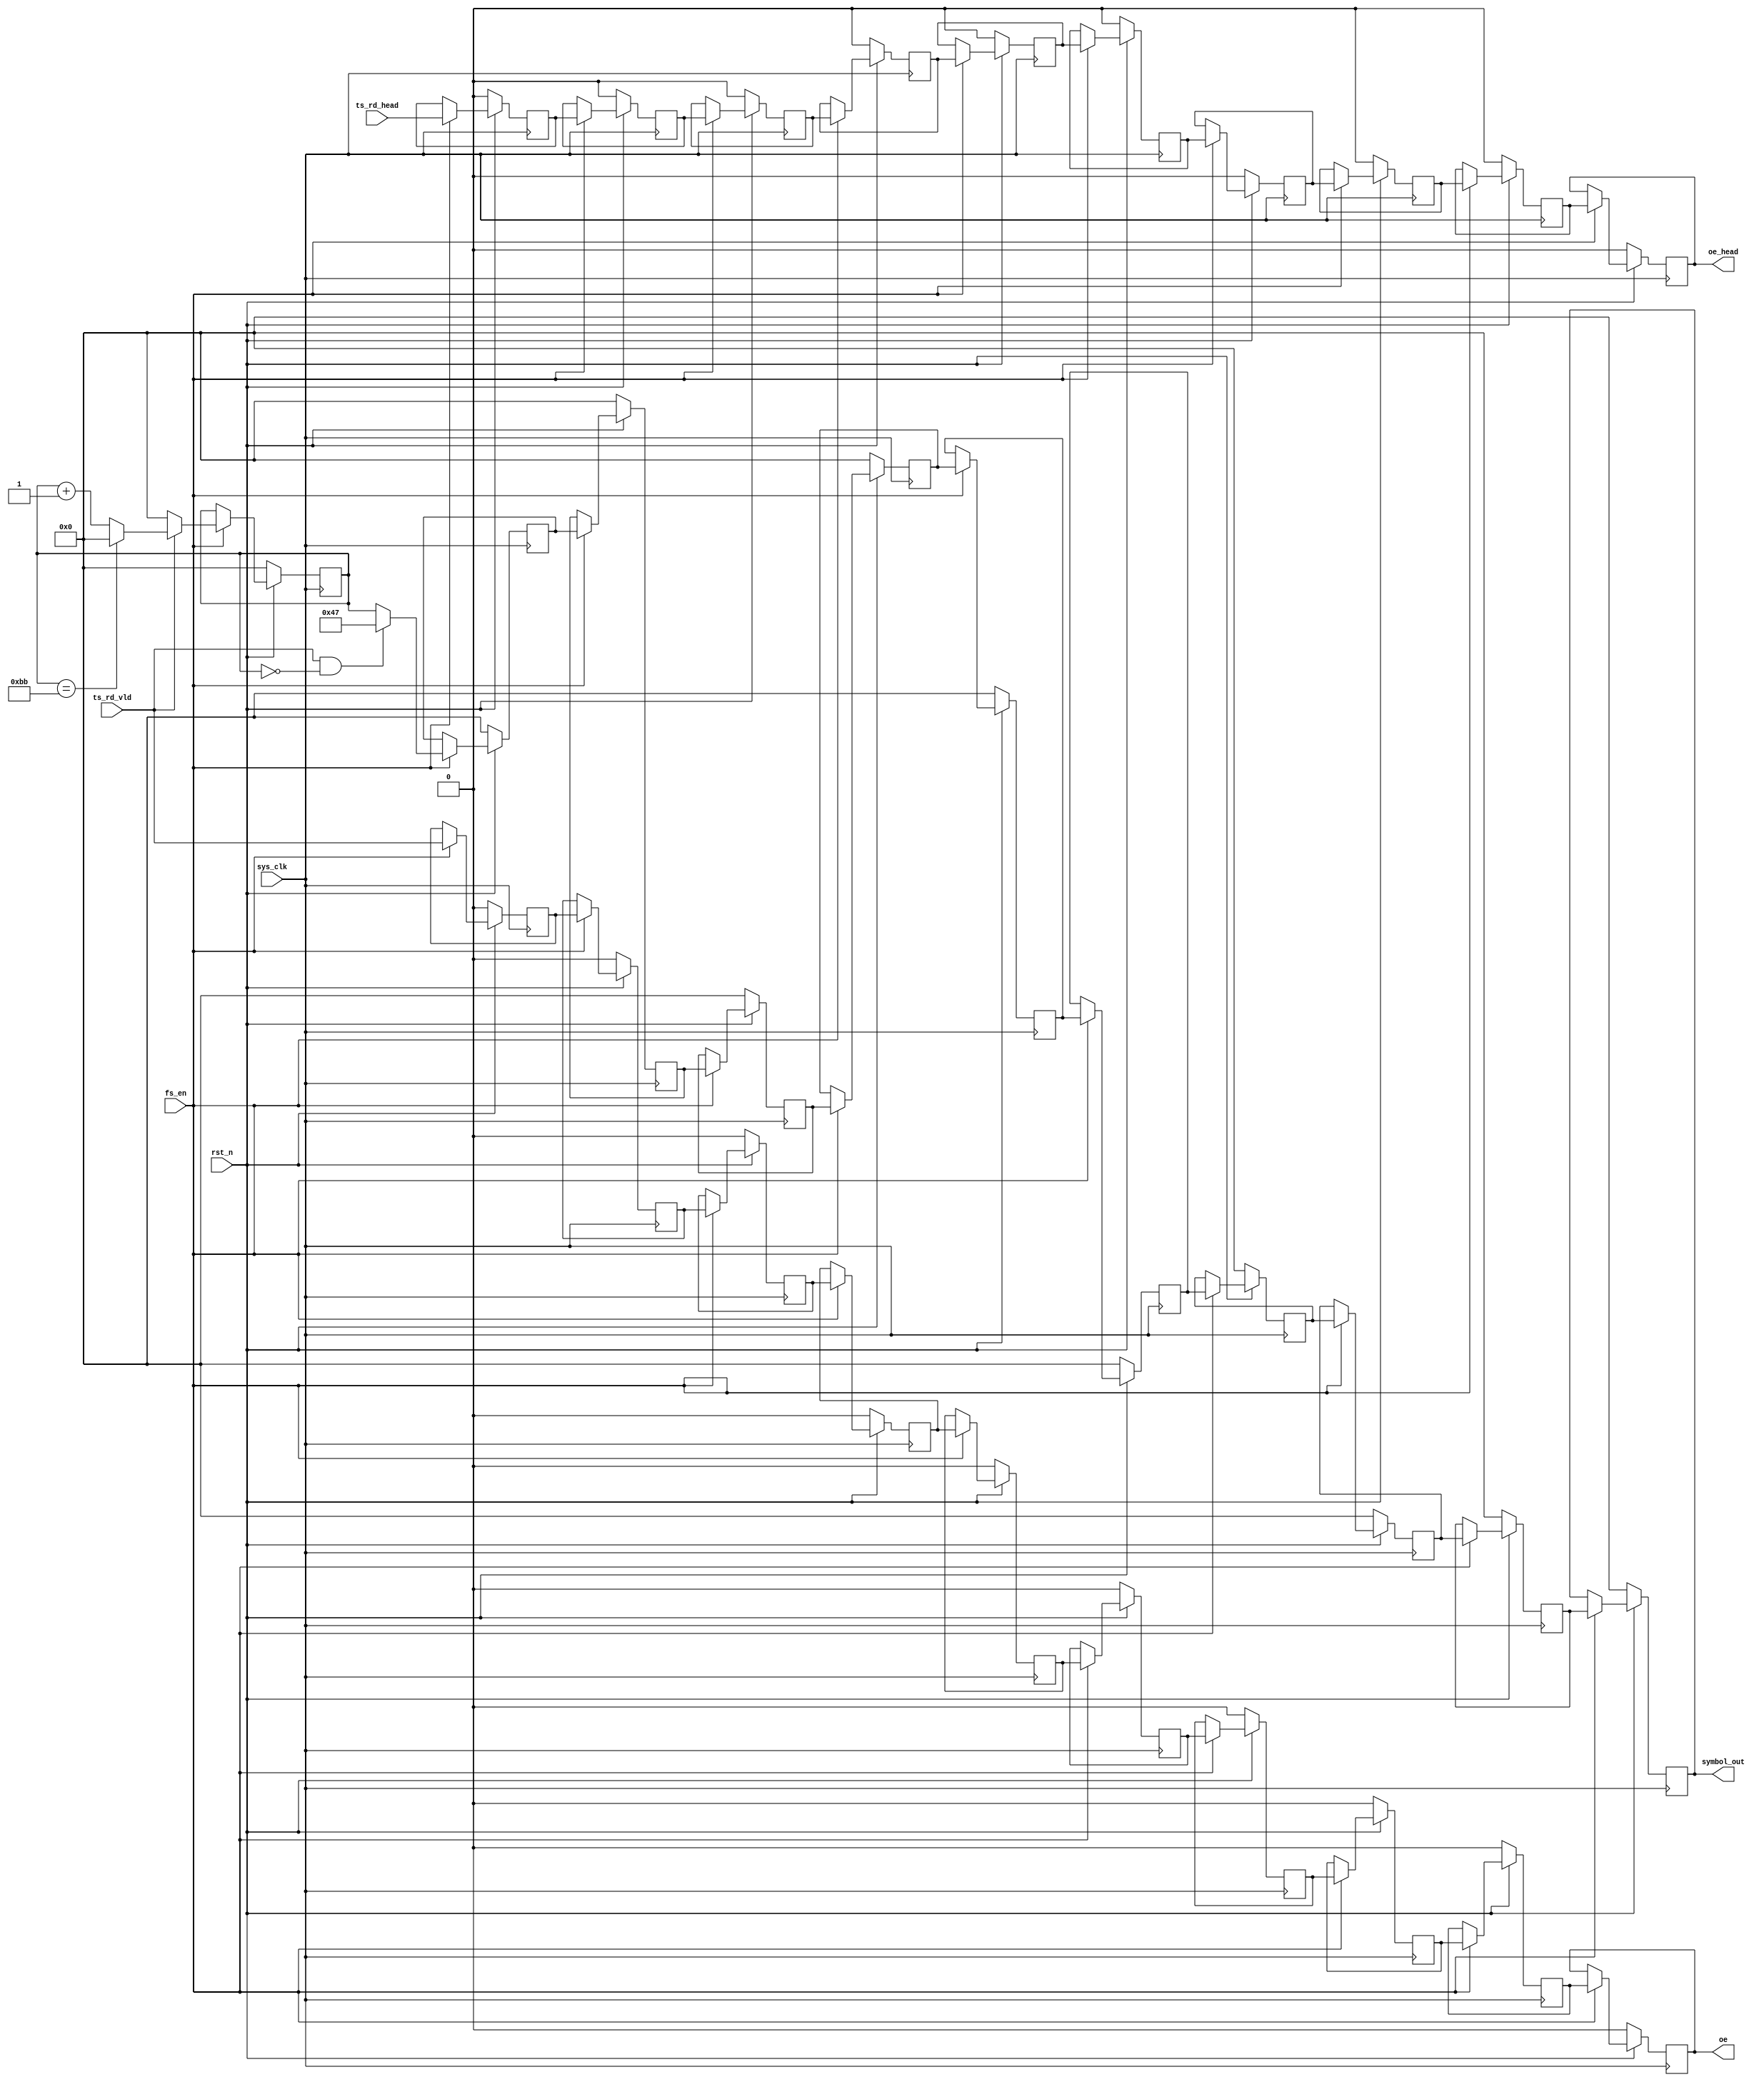
`timescale 1ns / 1ps
module randn_input(
input	          							sys_clk,
input											fs_en,
input	          							rst_n,
//////////////////////////////////////////////////////////////
input	       								ts_rd_head,            // align with start_en_4dly  
input	       								ts_rd_vld,             // align with start_en_4dly
output 				reg					oe_head,
output 				reg					oe,
output 				reg		[7:0]		symbol_out
);

reg								[7:0]		ts_cnt;

always @(posedge sys_clk)begin
	if(~rst_n)begin
		ts_cnt <= 8'h00;
	end
	else if(fs_en == 1'b1)begin
		if(ts_rd_vld == 1'b1) begin
			if(ts_cnt == 8'd187)begin
				ts_cnt <= 8'h00;
			end
			else begin
				ts_cnt <= ts_cnt + 8'h01;
			end
		end
		else begin
			ts_cnt <= 8'h00;
		end
	end
	else begin
	end
end

reg								[7:0]		symbol_out_tmp;//1dly

always @(posedge sys_clk)begin
	if(~rst_n)begin
		symbol_out_tmp <= 8'h00;
	end
	else if(fs_en == 1'b1)begin
		if((ts_rd_vld == 1'b1)&&(ts_cnt == 8'd0)) begin
			symbol_out_tmp <= 8'h47;
		end
		else begin
			symbol_out_tmp <= ts_cnt;
		end
	end
	else begin
	end
end

reg								[7:0]		symbol_out_tmp_1dly;//2dly
reg								[7:0]		symbol_out_tmp_2dly;//3dly
reg								[7:0]		symbol_out_tmp_3dly;//4dly
reg								[7:0]		symbol_out_tmp_4dly;//5dly
reg								[7:0]		symbol_out_tmp_5dly;//6dly
reg								[7:0]		symbol_out_tmp_6dly;//7dly
reg								[7:0]		symbol_out_tmp_7dly;//8dly
reg								[7:0]		symbol_out_tmp_8dly;//9dly


reg											ts_rd_head_1dly;//1dly
reg											ts_rd_head_2dly;//2dly
reg											ts_rd_head_3dly;//3dly
reg											ts_rd_head_4dly;//4dly
reg											ts_rd_head_5dly;//5dly
reg											ts_rd_head_6dly;//6dly
reg											ts_rd_head_7dly;//7dly
reg											ts_rd_head_8dly;//8dly
reg											ts_rd_head_9dly;//9dly

reg											ts_rd_vld_1dly;//1dly
reg											ts_rd_vld_2dly;//2dly
reg											ts_rd_vld_3dly;//3dly
reg											ts_rd_vld_4dly;//4dly
reg											ts_rd_vld_5dly;//5dly
reg											ts_rd_vld_6dly;//6dly
reg											ts_rd_vld_7dly;//7dly
reg											ts_rd_vld_8dly;//8dly
reg											ts_rd_vld_9dly;//9dly

always @(posedge sys_clk)begin
	if(~rst_n)begin
		ts_rd_head_1dly <= 1'b0;//1dly
		ts_rd_head_2dly <= 1'b0;//2dly
		ts_rd_head_3dly <= 1'b0;//3dly
		ts_rd_head_4dly <= 1'b0;//4dly
		ts_rd_head_5dly <= 1'b0;//5dly
		ts_rd_head_6dly <= 1'b0;//6dly
		ts_rd_head_7dly <= 1'b0;//7dly
		ts_rd_head_8dly <= 1'b0;//8dly
		ts_rd_head_9dly <= 1'b0;//9dly
		
		ts_rd_vld_1dly <= 1'b0;//1dly
		ts_rd_vld_2dly <= 1'b0;//2dly
		ts_rd_vld_3dly <= 1'b0;//3dly
		ts_rd_vld_4dly <= 1'b0;//4dly
		ts_rd_vld_5dly <= 1'b0;//5dly
		ts_rd_vld_6dly <= 1'b0;//6dly
		ts_rd_vld_7dly <= 1'b0;//7dly
		ts_rd_vld_8dly <= 1'b0;//8dly
		ts_rd_vld_9dly <= 1'b0;//9dly
		
		symbol_out_tmp_1dly <= 8'h00;//2dly
		symbol_out_tmp_2dly <= 8'h00;//3dly
		symbol_out_tmp_3dly <= 8'h00;//4dly
		symbol_out_tmp_4dly <= 8'h00;//5dly
		symbol_out_tmp_5dly <= 8'h00;//6dly
		symbol_out_tmp_6dly <= 8'h00;//7dly
		symbol_out_tmp_7dly <= 8'h00;//8dly
		symbol_out_tmp_8dly <= 8'h00;//9dly
	end
	else if(fs_en == 1'b1)begin
		ts_rd_head_1dly <= ts_rd_head;//1dly
		ts_rd_head_2dly <= ts_rd_head_1dly;//2dly
		ts_rd_head_3dly <= ts_rd_head_2dly;//3dly
		ts_rd_head_4dly <= ts_rd_head_3dly;//4dly
		ts_rd_head_5dly <= ts_rd_head_4dly;//5dly
		ts_rd_head_6dly <= ts_rd_head_5dly;//6dly
		ts_rd_head_7dly <= ts_rd_head_6dly;//7dly
		ts_rd_head_8dly <= ts_rd_head_7dly;//8dly
		ts_rd_head_9dly <= ts_rd_head_8dly;//9dly
		
		ts_rd_vld_1dly <= ts_rd_vld;//1dly
		ts_rd_vld_2dly <= ts_rd_vld_1dly;//2dly
		ts_rd_vld_3dly <= ts_rd_vld_2dly;//3dly
		ts_rd_vld_4dly <= ts_rd_vld_3dly;//4dly
		ts_rd_vld_5dly <= ts_rd_vld_4dly;//5dly
		ts_rd_vld_6dly <= ts_rd_vld_5dly;//6dly
		ts_rd_vld_7dly <= ts_rd_vld_6dly;//7dly
		ts_rd_vld_8dly <= ts_rd_vld_7dly;//8dly
		ts_rd_vld_9dly <= ts_rd_vld_8dly;//9dly
		
		symbol_out_tmp_1dly <= symbol_out_tmp;//2dly
		symbol_out_tmp_2dly <= symbol_out_tmp_1dly;//3dly
		symbol_out_tmp_3dly <= symbol_out_tmp_2dly;//4dly
		symbol_out_tmp_4dly <= symbol_out_tmp_3dly;//5dly
		symbol_out_tmp_5dly <= symbol_out_tmp_4dly;//6dly
		symbol_out_tmp_6dly <= symbol_out_tmp_5dly;//7dly
		symbol_out_tmp_7dly <= symbol_out_tmp_6dly;//8dly
		symbol_out_tmp_8dly <= symbol_out_tmp_7dly;//9dly
	end
	else begin
	end
end

always @(posedge sys_clk)begin
	if(~rst_n)begin
		oe_head <= 1'b0;
		oe <= 1'b0;
	end
	else if(fs_en == 1'b1)begin
		oe_head <= ts_rd_head_9dly;
		oe <= ts_rd_vld_9dly;
	end
	else begin
	end
end


always @(posedge sys_clk)begin
	if(~rst_n)begin
		symbol_out <= 8'h00;
	end
	else if(fs_en == 1'b1)begin
		symbol_out <= symbol_out_tmp_8dly;
	end
	else begin
	end
end


endmodule